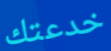
خدعتك